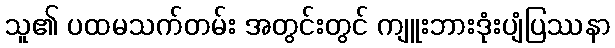
သူ၏ ပထမသက်တမ်း အတွင်းတွင် ကျူးဘားဒုံးပျံပြဿနာ